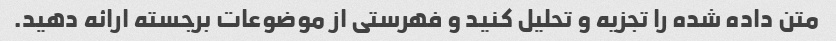
متن داده شده را تجزیه و تحلیل کنید و فهرستی از موضوعات برجسته ارائه دهید.